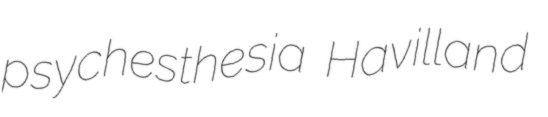
psychesthesia Havilland